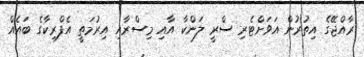
ރާއްޖޭގެ އިތުރުން އަވަށްޓެރި ސްރީ ލަންކާ އާއި މިސްރާއި އިރުމަތީ އެފްރިކާގެ ބައެއް